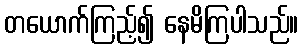
တယောက်ကြည့်၍ နေမိကြပါသည်။